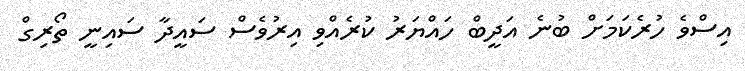
އިސްވެ ހުރެކަމަށް ބުނެ އަދީބް ހައްޔަރު ކުރެއްވި އިރުވެސް ސައީދާ ސައިނީ ތޯރިގް